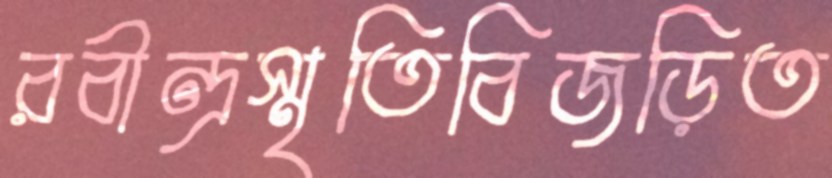
রবীন্দ্রস্মৃতিবিজড়িত